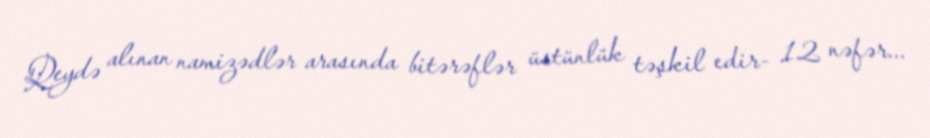
Qeydə alınan namizədlər arasında bitərəflər üstünlük təşkil edir- 12 nəfər...